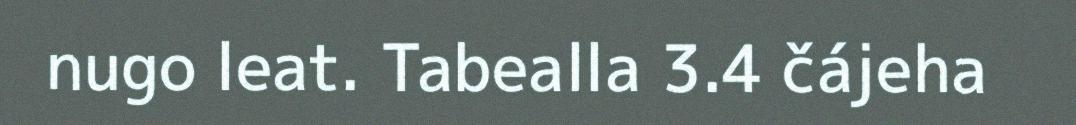
nugo leat. Tabealla 3.4 čájeha